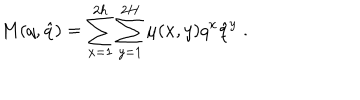
LaTeX: M ( q , \hat { q } ) = \sum _ { x = 1 } ^ { 2 h } \sum _ { y = 1 } ^ { 2 H } \mu ( x , y ) q ^ { x } \hat { q } ^ { y } \; .